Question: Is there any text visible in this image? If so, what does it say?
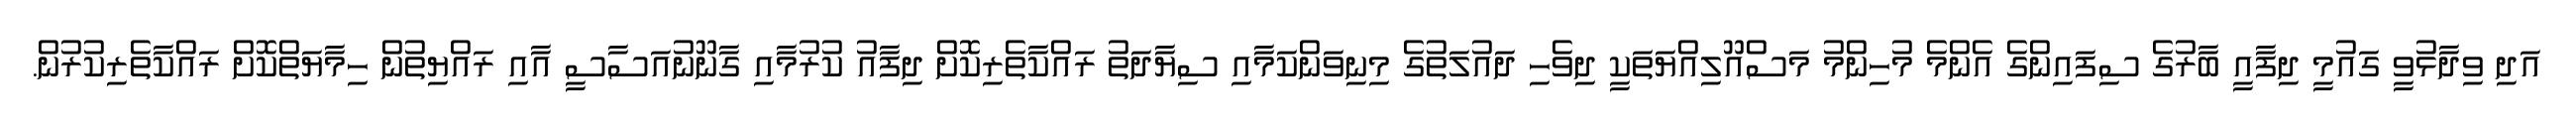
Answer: އަދި ވިދާޅުވީ ގައުމީ ދިފާއީ ބާރުގެ ސިފައިންގެ އެންމެ މުހިންމު މަސްއޫލިއްޔަތަކީ ދިވެހި ދައުލަތުގެ މިނިވަންކަމާއި ސިޔާދަތު ރައްކާތެރިކޮށް ދިފާއު ކުރުމާއި ގާނޫނުއަސާސީ އާއި ރައްޔިތުން ހިމާޔަތްކޮށް ރައްކާތެރިކުރުން.